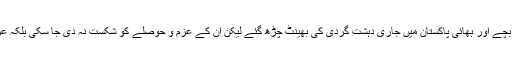
ان باہمت ماؤں اوربہنوں کے جذبات کو سلام پیش کرتا ہوں جن کے بچے اور بھائی پاکستان میں جاری دہشت گردی کی بھینٹ چڑھ گئے لیکن ان کے عزم و حوصلے کو شکست نہ دی جا سکی بلکہ عزاداری کے پروگرام مزید پُرشکوہ انداز میں منعقد کیے جانے لگے ۔